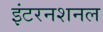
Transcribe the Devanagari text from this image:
इंटरनशनल